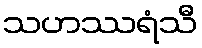
သဟဿရံသီ